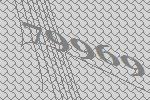
79969